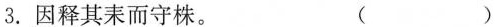
3.因释其耒而守株。 ()